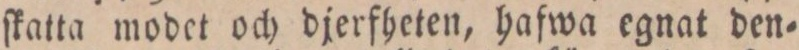
ſkatta modet och djerfheten, hafwa egnat den=